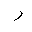
Letter: _ra